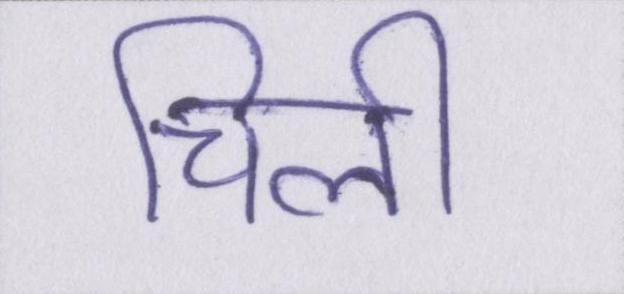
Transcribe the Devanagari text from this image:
चिली